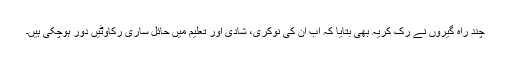
چند راہ گیروں نے رُک کریہ بھی بتایا کہ اب ان کی نوکری، شادی اور تعلیم میں حائل ساری رکاوٹیں دور ہوچکی ہیں۔